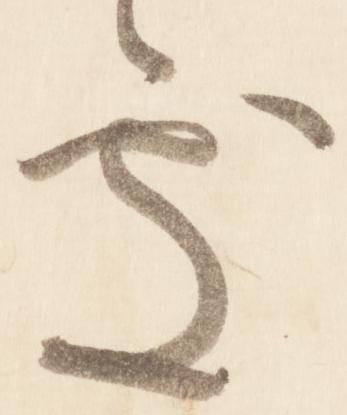
処